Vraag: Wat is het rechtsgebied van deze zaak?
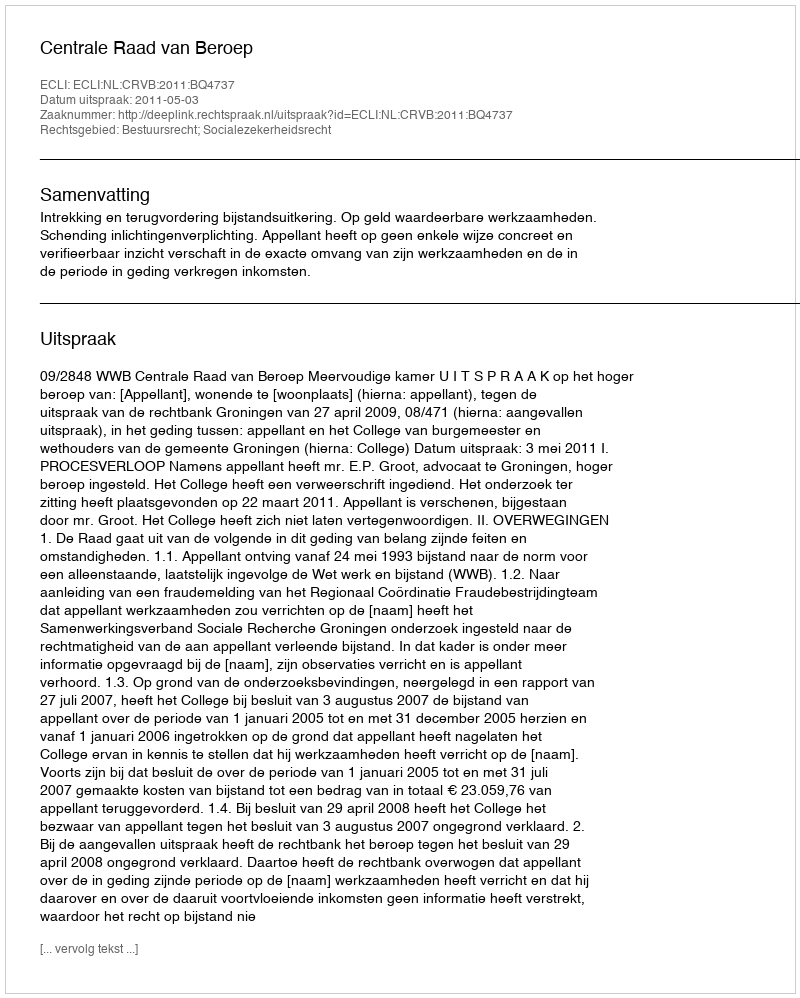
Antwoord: Bestuursrecht; Socialezekerheidsrecht